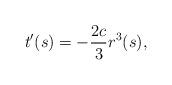
LaTeX: \begin{align*}t'(s)=-\frac{2c}{3}r^3(s),\end{align*}